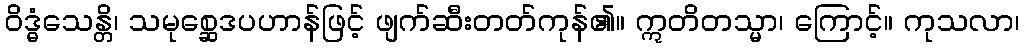
ဝိဒ္ဓံသေန္တိ၊ သမုစ္ဆေဒပဟာန်ဖြင့် ဖျက်ဆီးတတ်ကုန်၏။ ဣတိတသ္မာ၊ ကြောင့်။ ကုသလာ၊